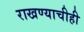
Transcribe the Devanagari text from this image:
राखण्याचीही